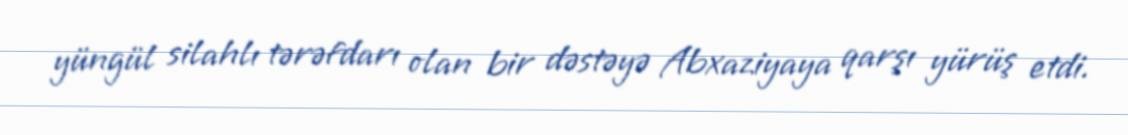
yüngül silahlı tərəfdarı olan bir dəstəyə Abxaziyaya qarşı yürüş etdi.